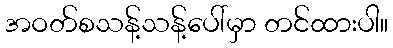
အဝတ်စသန့်သန့်ပေါ်မှာ တင်ထားပါ။